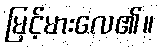
မြင့်မားလေ၏။